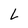
Character: L